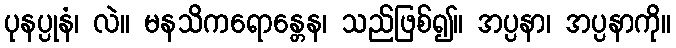
ပုနပ္ပုနံ၊ လဲ။ မနသိကရောန္တေန၊ သည်ဖြစ်၍။ အပ္ပနာ၊ အပ္ပနာကို။